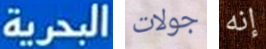
البحرية جولات إنه